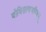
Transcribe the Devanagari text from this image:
बोधिसत्वचरितम्